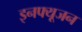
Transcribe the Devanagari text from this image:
इनफ्यूजन